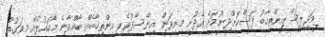
މަޖިލިސް އިންތިހާބު ފަސްކޮށްދިނުމަށް އެދުނީ މިނިވަން އިންސާފުވެރި އިންތިހާބެއް ބާއްވާނެ މާހައުލެއް މިވަގުތު